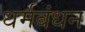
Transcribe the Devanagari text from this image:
धर्मबंधन